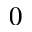
0